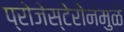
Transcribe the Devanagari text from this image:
प्रोजेस्टेरोनमुळे